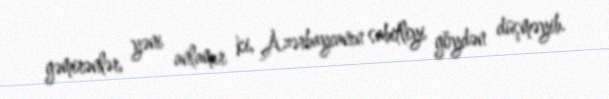
gəmirənlər, yəni anlamır ki, Azərbaycanın sabitliyi göydən düşməyib.